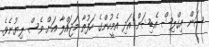
ސަން އިގްލިޝް އެޑިޝަން އަދި އެމީހުންގެ ހަފުތާ މަޖައްލާ އަށް ވެސް ލިޔުނެވެ.